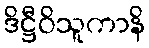
ဒိဋ္ဌီဝိသူကာနိ